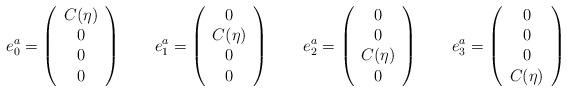
LaTeX: \begin{align*}e_0^a =\left(\begin{array}{c}C(\eta)\\ 0\\ 0\\ 0\end{array}\right) \qquad e_1^a=\left(\begin{array}{c}0\\ C(\eta)\\ 0\\ 0\end{array}\right) \qquad e_2^a=\left(\begin{array}{c}0\\ 0\\ C(\eta)\\ 0\end{array}\right) \qquad e_3^a=\left(\begin{array}{c}0\\ 0\\ 0\\ C(\eta)\end{array}\right)\end{align*}